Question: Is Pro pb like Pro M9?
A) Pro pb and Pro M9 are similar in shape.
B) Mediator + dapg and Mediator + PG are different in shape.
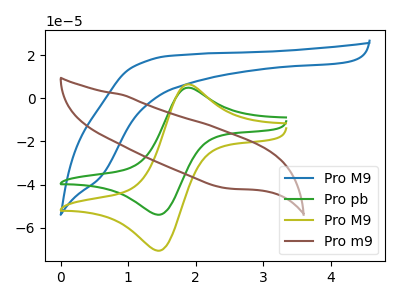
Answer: <think>The blue curve "Pro M9" has no peaks. The green curve "Pro pb" has an anodic peak at (1.85V, 4.85uA) and a cathodic peak at (1.45V, -54.05uA). The olive curve "Pro M9" has an anodic peak at (1.85V, 6.35uA) and a cathodic peak at (1.45V, -70.75uA). The brown curve "Pro m9" has no peaks.
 All the peaks in "Pro pb" have a peak in "Pro M9" at the same potential. Every peak in "Pro pb" is lower than every peak in "Pro M9".</think>
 <answer>A) "Pro pb" and "Pro M9" are similar in shape.</answer>
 <eval>A</eval>